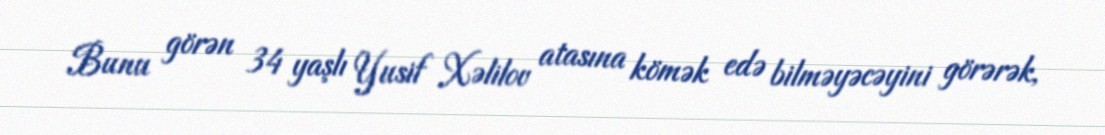
Bunu görən 34 yaşlı Yusif Xəlilov atasına kömək edə bilməyəcəyini görərək,